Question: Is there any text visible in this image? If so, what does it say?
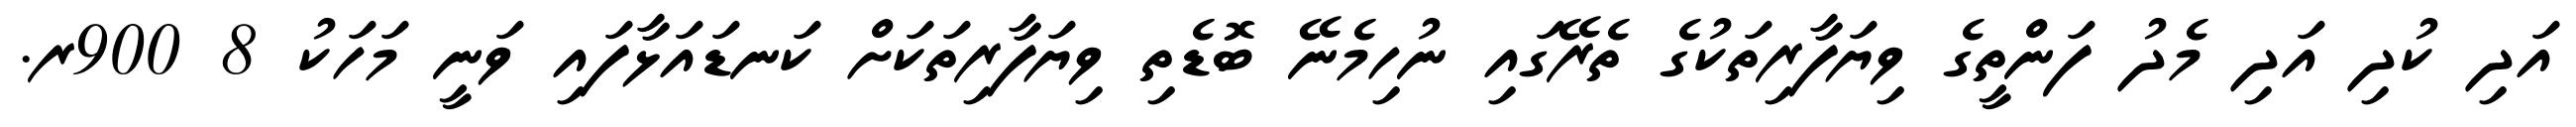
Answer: އަދި ކުދި އަދި މެދު ފަންތީގެ ވިޔަފާރިތަކުގެ ތެރޭގައި ނުހިމެނޭ ބޮޑެތި ވިޔަފާރިތަކަށް ކަނޑައަޅާފައި ވަނީ މަހަކު 8 900ރ.